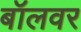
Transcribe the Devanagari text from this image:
बॉलवर